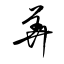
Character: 筭